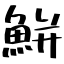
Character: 鮩